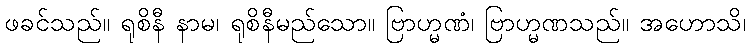
ဖခင်သည်။ ရုစိနီ နာမ၊ ရုစိနီမည်သော။ ဗြာဟ္မဏံ၊ ဗြာဟ္မဏသည်။ အဟောသိ၊